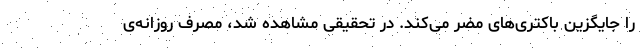
را جایگزین باکتری‌های مضر می‌کند. در تحقیقی مشاهده شد، مصرف روزانه‌ی